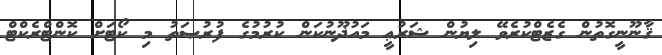
ޤާނޫނީގޮތުން ގެޒެޓްކުރެވޭ ލިޔުން ޝަރުޢީ މައުޛޫނުކަން ކުރުމުގެ ފުރުޞަތު މި ކޯޓަށް ކޮންޓްރެކްޓް